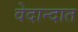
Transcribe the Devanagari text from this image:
वेदान्दात